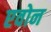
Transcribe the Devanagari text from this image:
एवोन